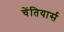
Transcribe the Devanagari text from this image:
चेंतियार्स